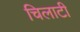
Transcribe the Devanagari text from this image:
चिलाटी